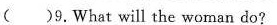
( )9.What will the woman do?